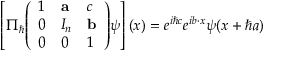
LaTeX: \left[ \Pi _ { \hbar } { \left( \begin{array} { l l l } { 1 } & { \mathbf { a } } & { c } \\ { 0 } & { I _ { n } } & { \mathbf { b } } \\ { 0 } & { 0 } & { 1 } \end{array} \right) } \psi \right] ( x ) = e ^ { i \hbar c } e ^ { i b \cdot x } \psi ( x + \hbar a )